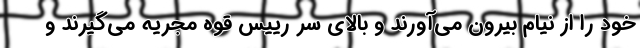
خود را از نیام بیرون می‌آورند و بالای سر رییس قوه مجریه می‌گیرند و